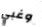
وغبي